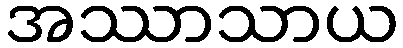
အဿာသာယ